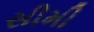
સીમી